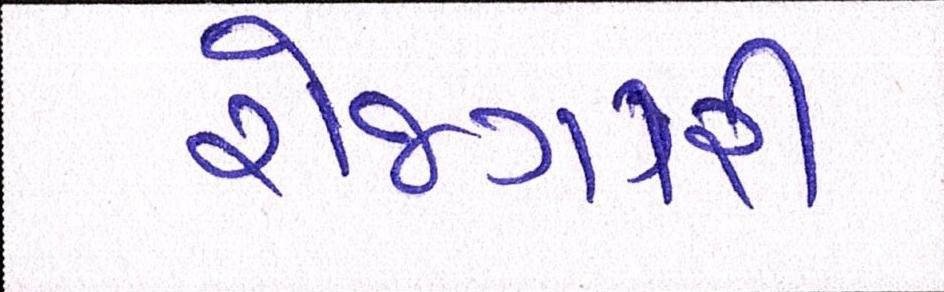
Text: રોજગારી